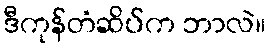
ဒီကုန်တံဆိပ်က ဘာလဲ။